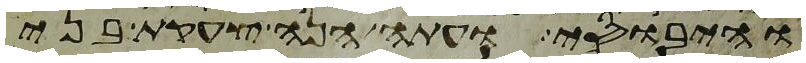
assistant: והיבוסי ועתה הנה צעקת בני